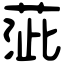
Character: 𦴢